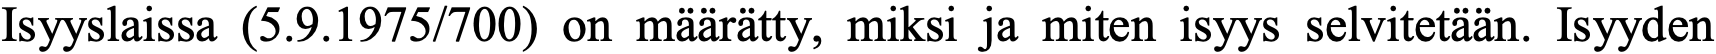
Isyyslaissa (5.9.1975/700) on määrätty, miksi ja miten isyys selvitetään. Isyyden